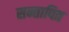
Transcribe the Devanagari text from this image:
सन्तापित